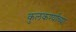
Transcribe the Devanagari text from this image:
कुलकर्ण्यांच्या